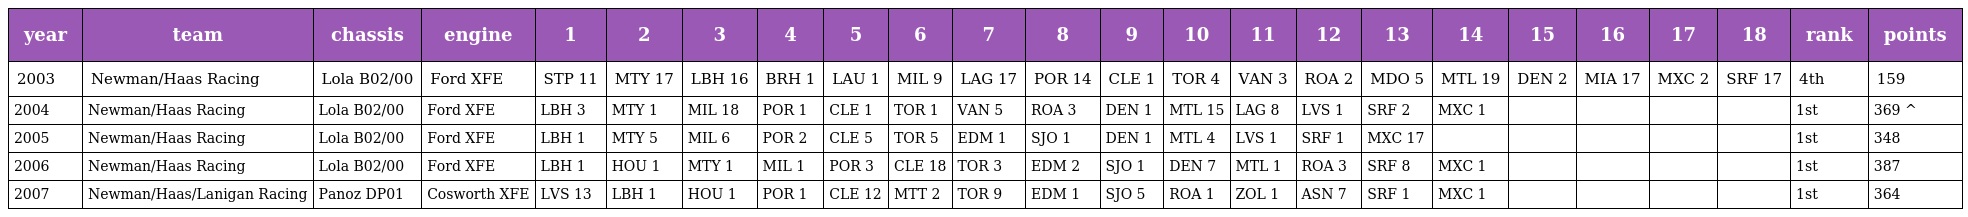
| year | team | chassis | engine | 1 | 2 | 3 | 4 | 5 | 6 | 7 | 8 | 9 | 10 | 11 | 12 | 13 | 14 | 15 | 16 | 17 | 18 | rank | points |
 | --- | --- | --- | --- | --- | --- | --- | --- | --- | --- | --- | --- | --- | --- | --- | --- | --- | --- | --- | --- | --- | --- | --- | --- |
 | 2003 | Newman/Haas Racing | Lola B02/00 | Ford XFE | STP 11 | MTY 17 | LBH 16 | BRH 1 | LAU 1 | MIL 9 | LAG 17 | POR 14 | CLE 1 | TOR 4 | VAN 3 | ROA 2 | MDO 5 | MTL 19 | DEN 2 | MIA 17 | MXC 2 | SRF 17 | 4th | 159 |
 | 2004 | Newman/Haas Racing | Lola B02/00 | Ford XFE | LBH 3 | MTY 1 | MIL 18 | POR 1 | CLE 1 | TOR 1 | VAN 5 | ROA 3 | DEN 1 | MTL 15 | LAG 8 | LVS 1 | SRF 2 | MXC 1 |  |  |  |  | 1st | 369 ^ |
 | 2005 | Newman/Haas Racing | Lola B02/00 | Ford XFE | LBH 1 | MTY 5 | MIL 6 | POR 2 | CLE 5 | TOR 5 | EDM 1 | SJO 1 | DEN 1 | MTL 4 | LVS 1 | SRF 1 | MXC 17 |  |  |  |  |  | 1st | 348 |
 | 2006 | Newman/Haas Racing | Lola B02/00 | Ford XFE | LBH 1 | HOU 1 | MTY 1 | MIL 1 | POR 3 | CLE 18 | TOR 3 | EDM 2 | SJO 1 | DEN 7 | MTL 1 | ROA 3 | SRF 8 | MXC 1 |  |  |  |  | 1st | 387 |
 | 2007 | Newman/Haas/Lanigan Racing | Panoz DP01 | Cosworth XFE | LVS 13 | LBH 1 | HOU 1 | POR 1 | CLE 12 | MTT 2 | TOR 9 | EDM 1 | SJO 5 | ROA 1 | ZOL 1 | ASN 7 | SRF 1 | MXC 1 |  |  |  |  | 1st | 364 |